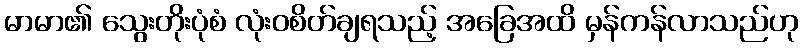
မာမာ၏ သွေးတိုးပုံစံ လုံးဝစိတ်ချရသည့် အခြေအထိ မှန်ကန်လာသည်ဟု